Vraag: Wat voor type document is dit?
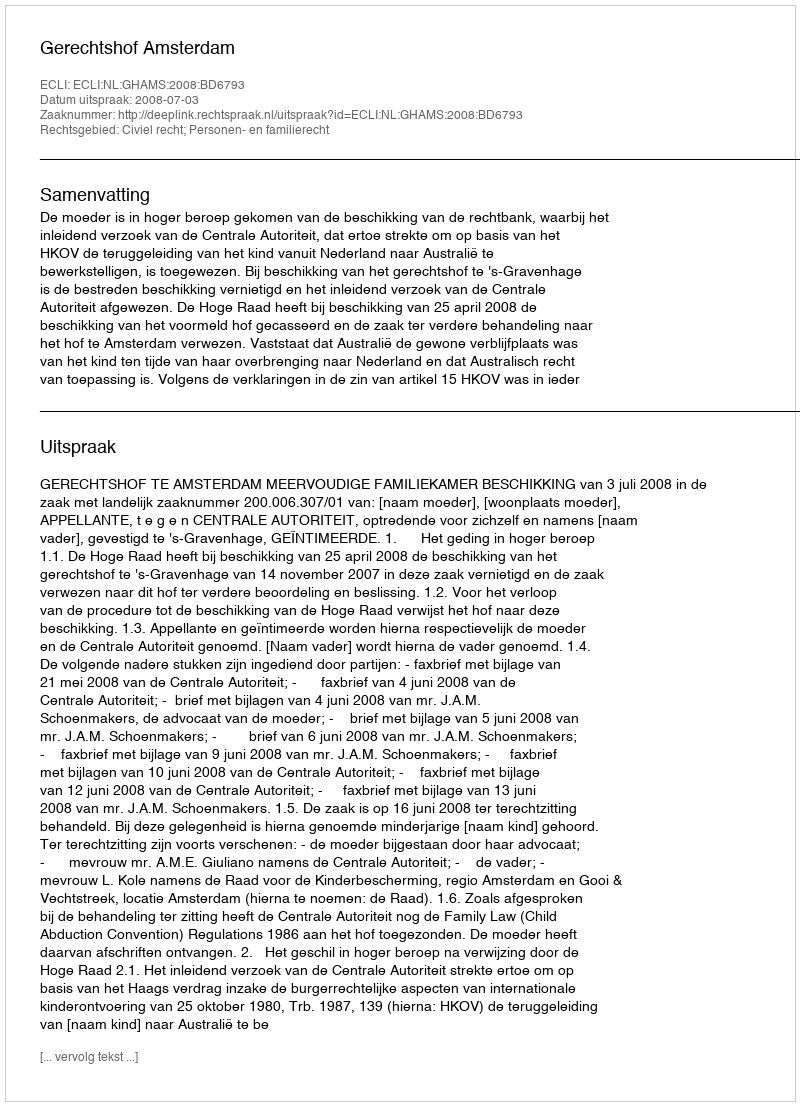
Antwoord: Uitspraak